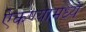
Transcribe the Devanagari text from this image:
ऐकण्यामध्ये